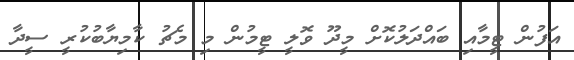
އަފުން ޓީމާއި ބައްދަލުކޮށް މީދޫ ވޮލީ ޓީމުން މި މެޗު ކާމިޔާބުކުރީ ސީދާ